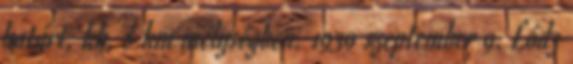
határt, kb. 8 km mélységben. 1939 szeptember 9. Lódz